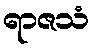
ရာဇသံ